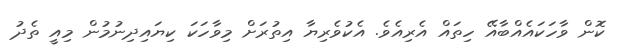
ކޮން ވާހަކައެއްބާއޭ ހިތައް އެރިއެވެ. އެކުވެރިޔާ އިތުރަށް މިވާހަކަ ކިޔައިދިނުމުން މިއީ ތެދު